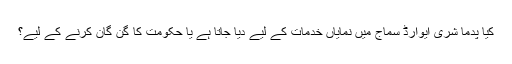
کیا پدما شری ایوارڈ سماج میں نمایاں خدمات کے لیے دیا جاتا ہے یا حکومت کا گن گان کرنے کے لیے؟